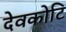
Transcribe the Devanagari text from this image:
देवकोटि